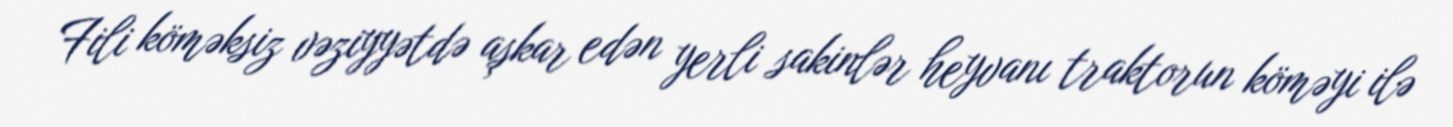
Fili köməksiz vəziyyətdə aşkar edən yerli sakinlər heyvanı traktorun köməyi ilə